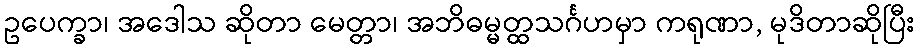
ဥပေက္ခာ၊ အဒေါသ ဆိုတာ မေတ္တာ၊ အဘိဓမ္မတ္ထသင်္ဂဟမှာ ကရုဏာ, မုဒိတာဆိုပြီး